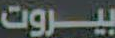
بيروت